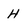
Character: H